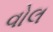
વોલ